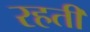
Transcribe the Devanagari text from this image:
रहती